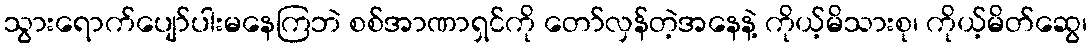
သွားရောက်ပျော်ပါးမနေကြဘဲ စစ်အာဏာရှင်ကို တော်လှန်တဲ့အနေနဲ့ ကိုယ့်မိသားစု၊ ကိုယ့်မိတ်ဆွေ၊